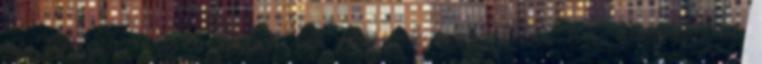
az egyiptomiak, hogy én vagyok az ÚR, ha kinyújtom